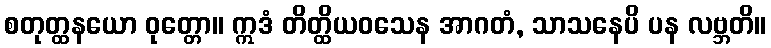
စတုတ္ထနယော ဝုတ္တော။ ဣဒံ တိတ္ထိယဝသေန အာဂတံ, သာသနေပိ ပန လဗ္ဘတိ။